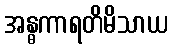
အန္ဓကာရတိမိသာယ